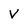
Character: V